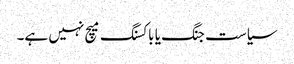
سیاست جنگ یا باکسنگ میچ نہیں ہے۔